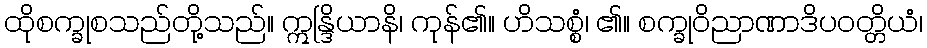
ထိုစက္ခုစသည်တို့သည်။ ဣန္ဒြိယာနိ၊ ကုန်၏။ ဟိသစ္စံ၊ ၏။ စက္ခုဝိညာဏာဒိပဝတ္တိယံ၊